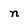
Character: n